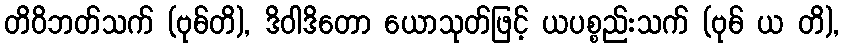
တိဝိဘတ်သက် (ဗုဓ်တိ), ဒိဝါဒိတော ယောသုတ်ဖြင့် ယပစ္စည်းသက် (ဗုဓ် ယ တိ),